Annual report on the working of the Harcourt Butler Institute of Public Health, Rangoon
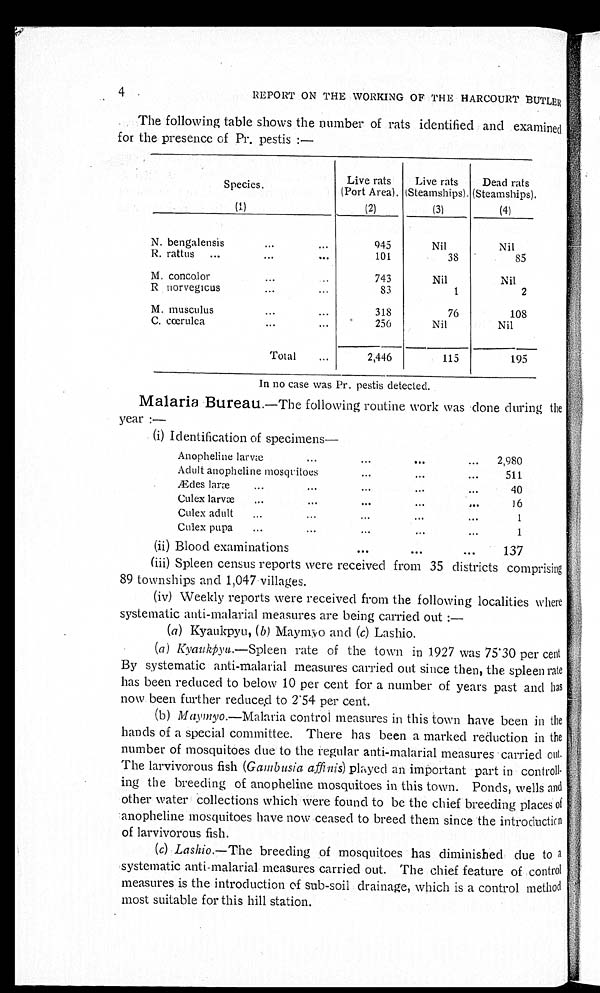
4
REPORT ON THE WORKING OF THE HARCOURT BUTLER
The following table shows the number of rats identified and examined
for the presence of Pr. pestis :—
Species.
Live rats
(Port Area).
Live rats
(Steamships).
Dead rats
(Steamships).
(1)
(2)
(3)
(4)
N . b e n g a l e n s i s . . .
945
Nil
Nil
R. rattus . . .
101
38
85
M. concolor . . .
743
Nil
Nil
R norvegicus...
83
1
2
M. musculus . . .
318
76
108
C. cœrulea . . .
256
Nil
Nil
Total . . .
2,446
115
195
In no case was Pr. pestis detected.
Malaria Bureau:—The following routine work was done during the
year :—
(i) Identification of specimens
—
Anopheline larvæ . . .
2,980
Adult anopheline mosquitoes . . .
511
Ædeslaræ . . .
40
Culex larvæ . . .
16
Culex adult...
1
C u l e x p u p a . . .
1
(ii) Blood examinations . . .
137
(iii) Spleen census reports were received from 35 districts comprising
89 townships and 1,047 villages.
(iv) Weekly reports were received from the following localities where
systematic anti-malarial measures are being carried out :
—
( a ) Kyaukpyu, ( b ) Maymyo and (c) Lashio.
( a ) K y a u k p y u
. — S p l e e nr
a t e o f t h e t o w n i n 1 9 2 7 w a s 7 5 . 3 0 p e r c e n t
By systematic anti-malarial measures carried out since then, the spleen rate
has been reduced to below 10 per cent for a number of years past and has
now been further reduced to 2.54 per cent.
( b ) M a y m y o
. — M a l a r i a c o n t r o l m e a s u r e s i n t h i s t o w n h a v e b e e n i n t h e
hands of a special committee. There has been a marked reduction in the
number of mosquitoes due to the regular anti-malarial measures carried out
The larvivorous fish ( Gambusia affinis) played an important part in control
l - i n g t h e b r e e d i n g o f a n o p h e l i n e m o s q u i t o e s i n t h i s t o w n . P o n d s , w e l l s a n d
other water collections which were found to be the chief breeding places of
anopheline mosquitoes have now ceased to breed them since the introduction
of larvivorous fish.
( c ) L a s h i o
. — T h e
b r e e d i n g o f m o s q u i t o e s h a s d i m i n i s h e d d u e t o a
systematic anti-malarial measures carried out. The chief feature of control
measures is the introduction of sub-soil drainage, which is a control method
most suitable for this hill station.